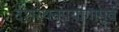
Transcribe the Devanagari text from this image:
दशरथनृपयागापूर्व